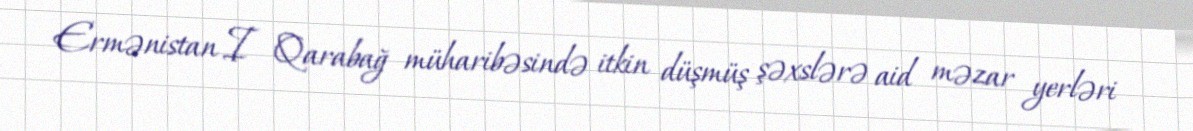
Ermənistan I Qarabağ müharibəsində itkin düşmüş şəxslərə aid məzar yerləri